Calcutta medical institutions reports 1892-1900
Year: 1892
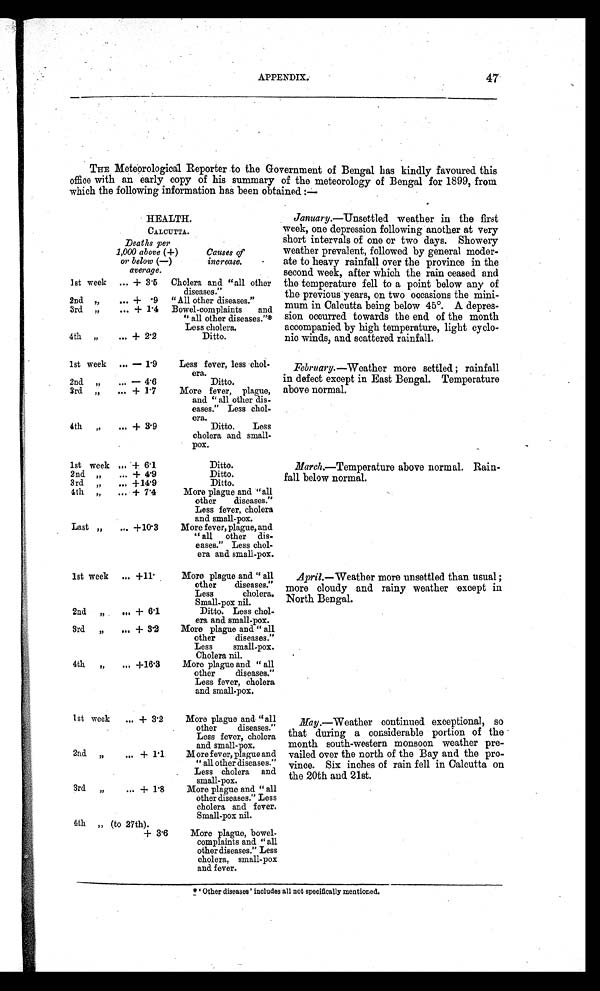
APPENDIX.
47
THE Meteorological Reporter to the Government of Bengal has kindly favoured this
office with an early copy of his summary of the meteorology of Bengal for 1899, from
which the following information has been obtained :—
HEALTH.
CALCUTTA.
Deaths per
1,000 above (+)
or below (—)
average.
Causes of
increase.
1st week ... + 3.5 Cholera and "all other
diseases."
2nd "
... + .9 "All other diseases."
3rd "
... + 1.4 Bowel-complaints and
"all other diseases."*
Less cholera.
4th "
... + 2.2
Ditto.
1st week ... — 1.9
Less fever, less chol-
era.
2nd. "
... — 4.6
Ditto.
3rd "
... +1.7
More fever, plague,
and "all other dis-
eases." Less chol-
era.
4th
"
... + 3.9
Ditto. Less
cholera and small-
pox.
1st week ... + 6.1
Ditto.
2nd "
... + 4.9
Ditto.
3rd "
... + 14.9
Ditto.
4th "
... + 7.4
More plague and "all
other diseases."
Less fever, cholera
and small-pox.
Last "
... + 10.3
More fever, plague, and
"all other dis-
eases." Less chol-
era and small-pox.
1st week ... +11
More plague and " all
other diseases."
Less cholera.
Small-pox nil.
2nd
"
... + 6.1
Ditto. Less chol-
era and small-pox.
3rd
"
... + 3.2
More plague and "all
other diseases."
Less small-pox.
Cholera nil.
4th
"
... + 16.3
More plague and "all
other diseases."
Less fever, cholera
and small-pox.
1st week ... + 3.2
More plague and "all
other diseases."
Less fever, cholera
and small-pox.
2nd " ...
+ 1.1
More fever, plague and
"all other diseases."
Less cholera and
small-pox.
3rd " ... + 1.8
More plague and "all
other diseases." Less
cholera and fever.
Small-pox nil.
4th " (to 27th).
+ 3.6
More plague, bowel-
complaints and "all
other diseases." Less
cholera, small-pox
and fever.
January .—Unsettled weather in the first
week, one depression following another at very
short intervals of one or two days. Showery
weather prevalent, followed by general moder-
ate to heavy rainfall over the province in the
second week, after which the rain ceased and
the temperature fell to a point below any of
the previous years, on two occasions the mini-
mum in Calcutta being below 45°. A depres-
sion occurred towards the end of the month
accompanied by high temperature, light cyclo-
nic winds, and scattered rainfall.
February.—Weather more settled; rainfall
in defect except in East Bengal. Temperature
above normal.
March.—Temperature above normal. Rain
-fall below normal.
April.—Weather more unsettled than usual;
more cloudy and rainy weather except in
North Bengal.
May .—Weather continued exceptional, so
that during a considerable portion of the
month south-western monsoon weather pre-
-vailed over the north of the Bay and the pro-
-vince. Six inches of rain fell in Calcutta on
the 20th and 21st.
* 'Other diseases' includes all not specifically mentioned.